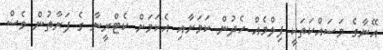
އޭނާގެ މަސައްކަތަކީ ފިލްމެއް ހެދުން ކަމަށާއި އެކަމަށް ކެޓްރީނާ ގެ ފަރާތުން ވެސް